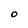
Character: O